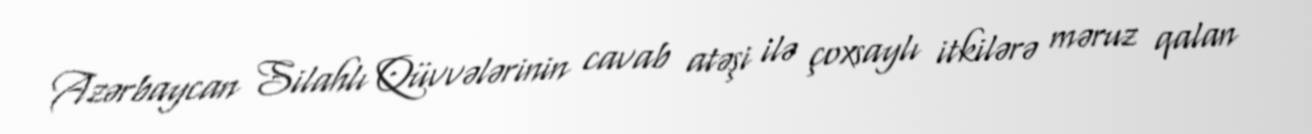
Azərbaycan Silahlı Qüvvələrinin cavab atəşi ilə çoxsaylı itkilərə məruz qalan